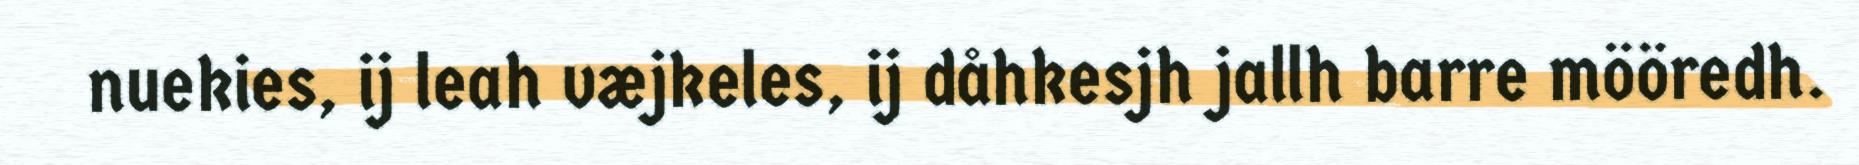
nuekies, ij leah væjkeles, ij dåhkesjh jallh barre mööredh.